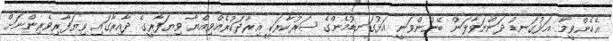
އެހެންވީމާ އަޅުގަނޑު ދަންނަވާލަން ބޭނުންވަނީ އަޅުގަނޑުމެންގެ ސަރުކާރަކީ އިރާދަކުރެއްވިއްޔާ ވިޔަފާރީގެ ދާއިރާގައި ވިޔަފާރިވެރިންނަށް